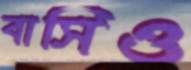
বাসিও